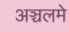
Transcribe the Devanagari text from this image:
अञ्चलमे